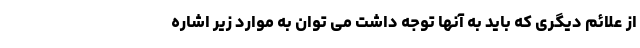
از علائم دیگری که باید به آنها توجه داشت می توان به موارد زیر اشاره